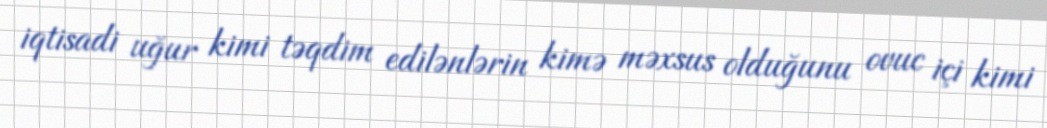
iqtisadi uğur kimi təqdim edilənlərin kimə məxsus olduğunu ovuc içi kimi